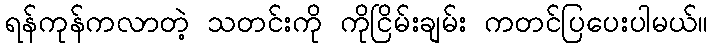
ရန်ကုန်ကလာတဲ့ သတင်းကို ကိုငြိမ်းချမ်း ကတင်ပြပေးပါမယ်။